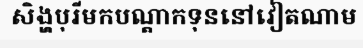
សិង្ហបុរីមកបណ្តាកទុននៅវៀតណាម